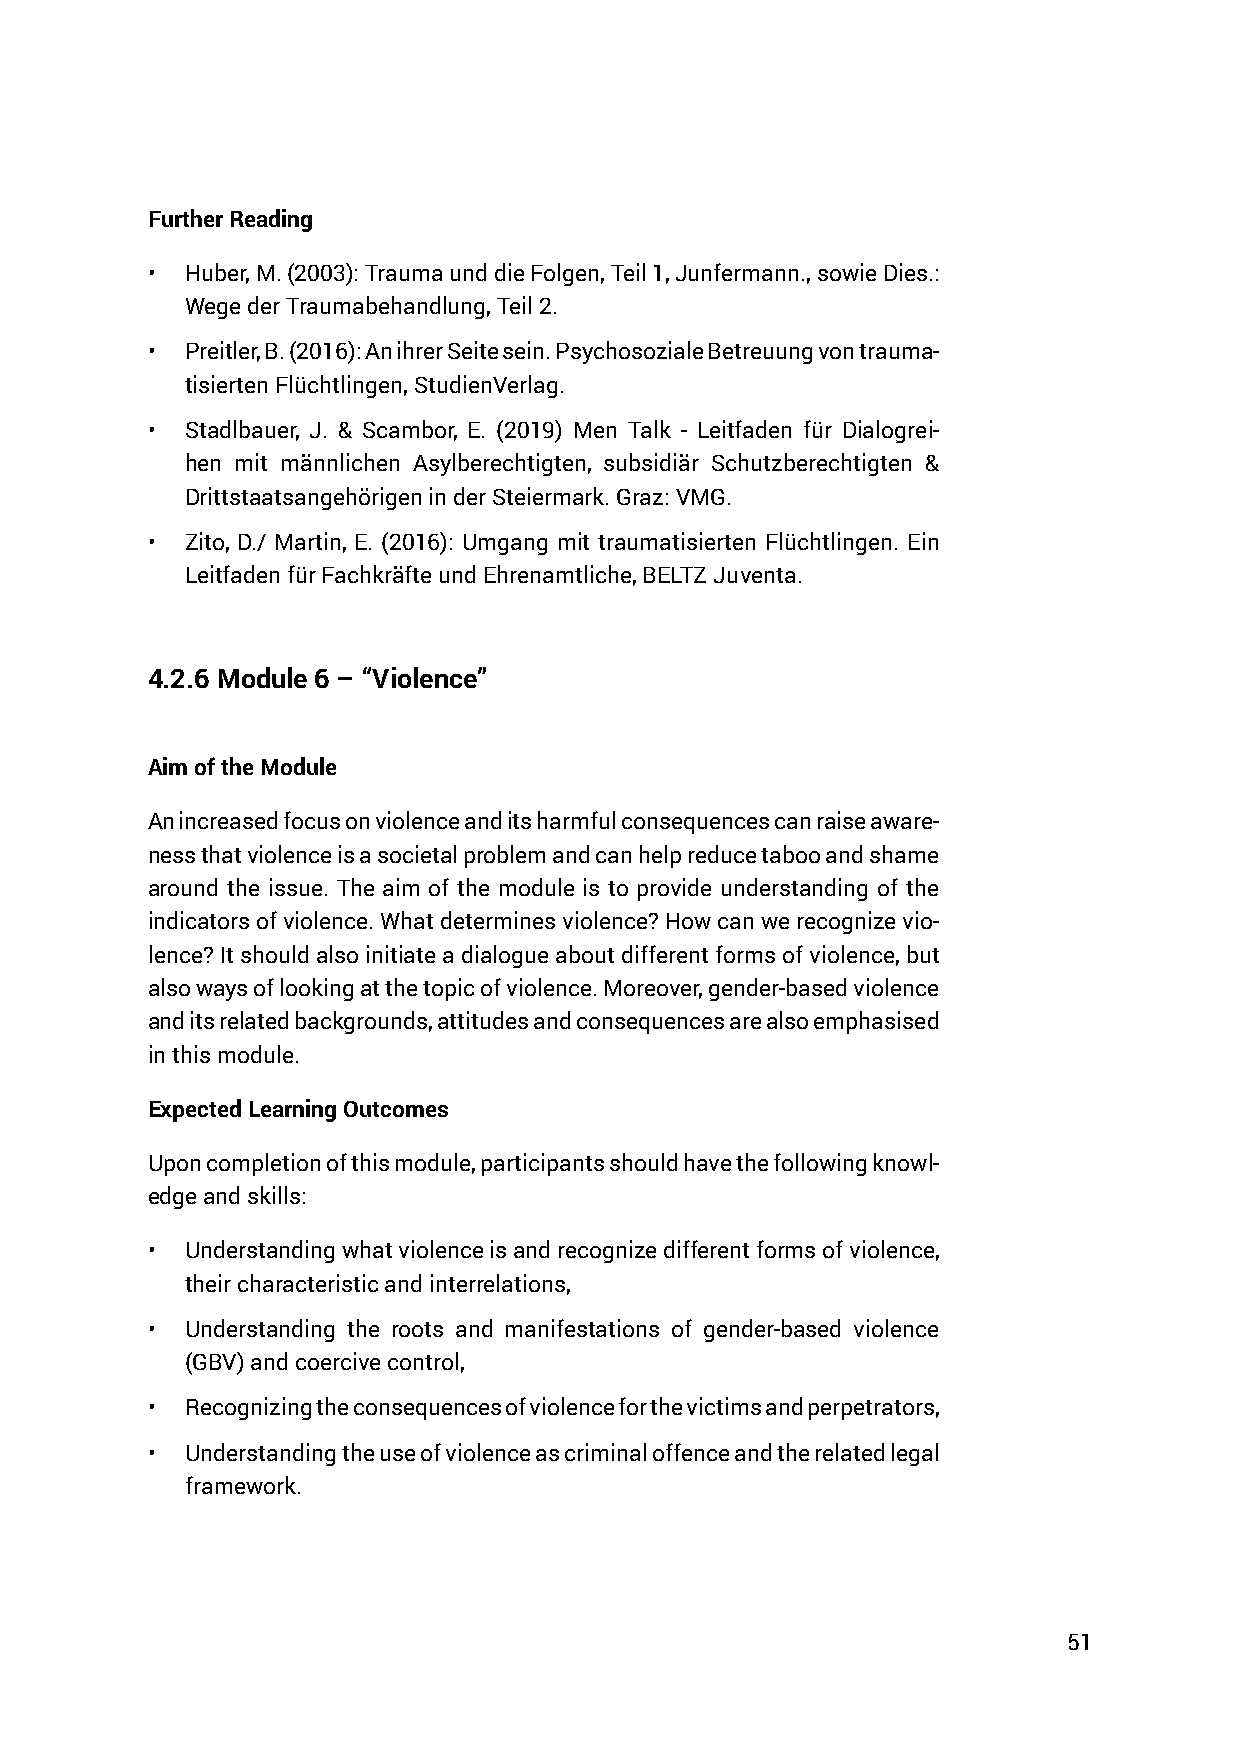
Further Reading
 • Huber, M. (2003): Trauma und die Folgen, Teil 1, Junfermann., sowie Dies.:
 Wege der Traumabehandlung, Teil 2.
 • Preitler, B. (2016): An ihrer Seite sein. Psychosoziale Betreuung von trauma-
 tisierten Flüchtlingen, StudienVerlag.
 • Stadlbauer, J. & Scambor, E. (2019) Men Talk - Leitfaden für Dialogrei-
 hen mit männlichen Asylberechtigten, subsidiär Schutzberechtigten &
 Drittstaatsangehörigen in der Steiermark. Graz: VMG.
 • Zito, D./ Martin, E. (2016): Umgang mit traumatisierten Flüchtlingen. Ein
 Leitfaden für Fachkräfte und Ehrenamtliche, BELTZ Juventa.
 4.2.6 Module 6 – “Violence”
 Aim of the Module
 An increased focus on violence and its harmful consequences can raise aware-
 ness that violence is a societal problem and can help reduce taboo and shame
 around the issue. The aim of the module is to provide understanding of the
 indicators of violence. What determines violence? How can we recognize vio-
 lence? It should also initiate a dialogue about different forms of violence, but
 also ways of looking at the topic of violence. Moreover, gender-based violence
 and its related backgrounds, attitudes and consequences are also emphasised
 in this module.
 Expected Learning Outcomes
 Upon completion of this module, participants should have the following knowl-
 edge and skills:
 • Understanding what violence is and recognize different forms of violence,
 their characteristic and interrelations,
 • Understanding the roots and manifestations of gender-based violence
 (GBV) and coercive control,
 • Recognizing the consequences of violence for the victims and perpetrators,
 • Understanding the use of violence as criminal offence and the related legal
 framework.
 51